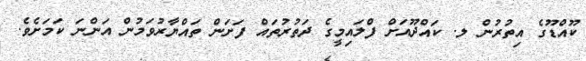
ކޫއްޑޫގެ އިތުރުން ލ. ކައްދޫއަށް ފްލައިމީގެ ދަތުރުތައް ފަށަން ތައްޔާރުވަމުން އަންނަ ކަމަށެވެ.